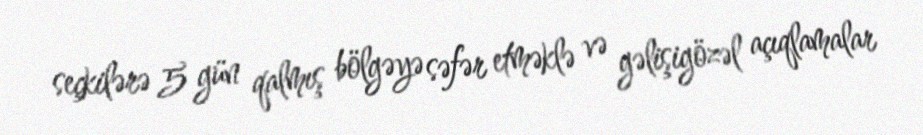
seçkilərə 5 gün qalmış bölgəyə səfər etməklə və gəlişigözəl açıqlamalar